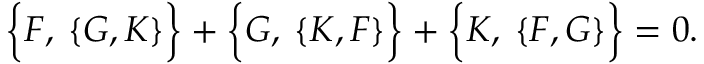
\left\{ { \cal F } , \frac { } { } \{ { \cal G } , { \cal K } \} \right\} + \left\{ { \cal G } , \frac { } { } \{ { \cal K } , { \cal F } \} \right\} + \left\{ { \cal K } , \frac { } { } \{ { \cal F } , { \cal G } \} \right\} = 0 .